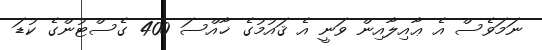
ނަމަވެސް އެ ޢާއިލާއިން ވަނީ އެ ޤައުމުގެ ޚާއްސަ 400 ގެސްޓުންގެ ކުޑަ